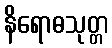
နိရောဓသုတ္တ